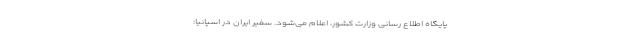
پایگاه اطلاع رسانی وزارت کشور، اعلام می‌شود. سفیر ایران در اسپانیا: